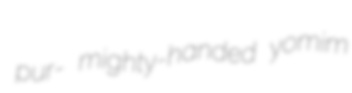
pur- mighty-handed yomim